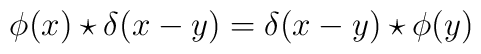
\phi(x)\star\delta(x-y)=\delta(x-y)\star\phi(y)